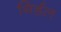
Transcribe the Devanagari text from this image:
गिर्डल